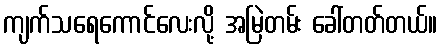
ကျက်သရေကောင်လေးလို့ အမြဲတမ်း ခေါ်တတ်တယ်။